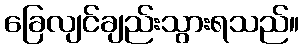
ခြေလျင်ချည်းသွားရသည်။